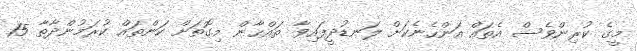
މީގެ ކުރިންވެސް އެތައް އަންހެނެކަށް ލަނޑުދީފައިވާ ތައްޙާން މިގޮތަށް ކަންތައް ކުރަމުންދާތާ 15